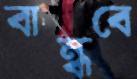
বান্ধবে